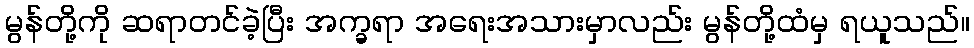
မွန်တို့ကို ဆရာတင်ခဲ့ပြီး အက္ခရာ အရေးအသားမှာလည်း မွန်တို့ထံမှ ရယူသည်။